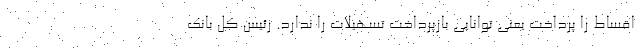
اقساط را پرداخت یعنی توانایی بازپرداخت تسهیلات را ندارد. رئیس کل بانک